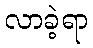
လာခဲ့ရာ